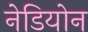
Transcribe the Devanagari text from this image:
नेडियोन